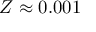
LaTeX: Z \approx 0 . 0 0 1